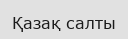
Қазақ салты